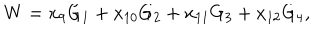
LaTeX: W = x _ { 9 } G _ { 1 } + x _ { 1 0 } G _ { 2 } + x _ { 1 1 } G _ { 3 } + x _ { 1 2 } G _ { 4 } ,